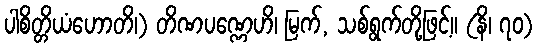
ပါစိတ္တိယံဟောတိ၊) တိဏပဏ္ဏေဟိ၊ မြက်, သစ်ရွက်တို့ဖြင့်။ (နိ၊ ၇၀)